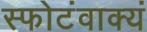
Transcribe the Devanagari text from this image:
स्फोटंवाक्यं